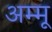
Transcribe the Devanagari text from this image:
अम्मू